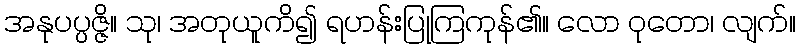
အနုပပ္ပဇ္ဇိ။ သု၊ အတုယူကိ၍ ရဟန်းပြုကြကုန်၏။ လော ဝုတော၊ လျက်။